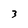
Character: 3